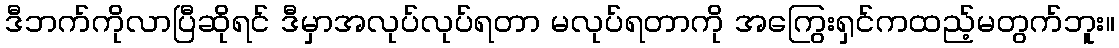
ဒီဘက်ကိုလာပြီဆိုရင် ဒီမှာအလုပ်လုပ်ရတာ မလုပ်ရတာကို အကြွေးရှင်ကထည့်မတွက်ဘူး။